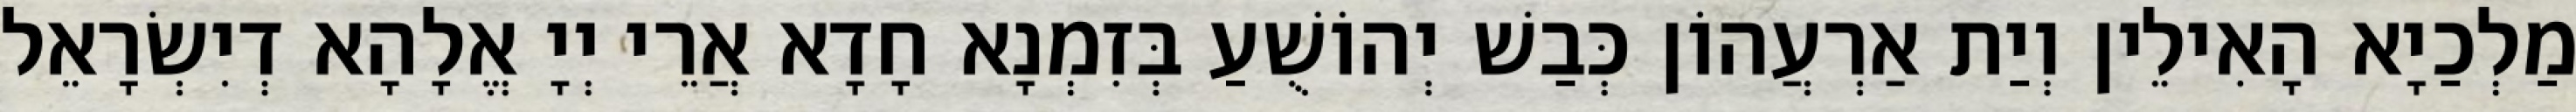
מַלְכַיָא הָאִילֵין וְיַת אַרְעֲהוֹן כְּבַשׁ יְהוֹשֻׁעַ בְּזִמְנָא חָדָא אֲרֵי יְיָ אֱלָהָא דְיִשְׂרָאֵל